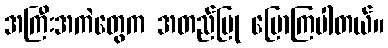
အကြီးအကဲတွေက အတည်ပြု ပြောကြပါတယ်။